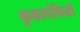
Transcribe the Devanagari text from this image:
कूकापंथियों